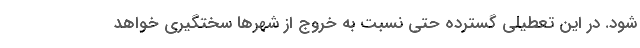
شود. در این تعطیلی گسترده حتی نسبت به خروج از شهرها سختگیری خواهد